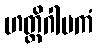
ဟတ္ထိဂါမကံ